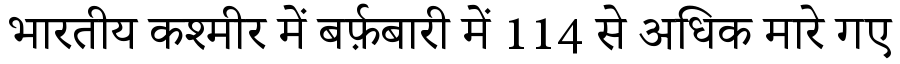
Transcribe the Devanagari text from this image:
भारतीय कश्मीर में बर्फ़बारी में 114 से अधिक मारे गए